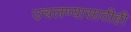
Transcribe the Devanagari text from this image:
उचलण्यासाठीही